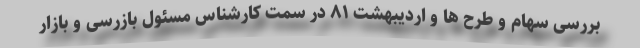
بررسی سهام و طرح ها و اردیبهشت ۸۱ در سمت کارشناس مسئول بازرسی و بازار